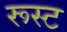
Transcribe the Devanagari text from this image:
रूस्ट